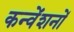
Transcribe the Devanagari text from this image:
कन्वेंशनों